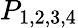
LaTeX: P_{1,2,3,4}